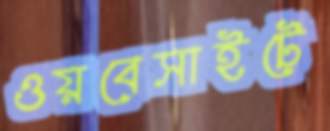
ওয়বেসাইটে